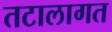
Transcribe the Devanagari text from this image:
तटालागत